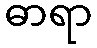
ဓာရာ